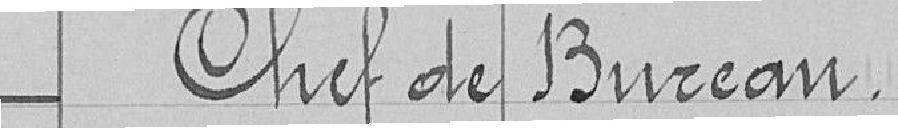
Chef de bureau